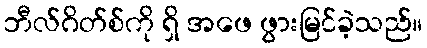
ဘီလ်ဂိတ်စ်ကို ရှိ အဖေ ဖွားမြင်ခဲ့သည်။